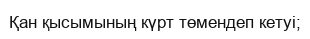
Қан қысымының күрт төмендеп кетуі;